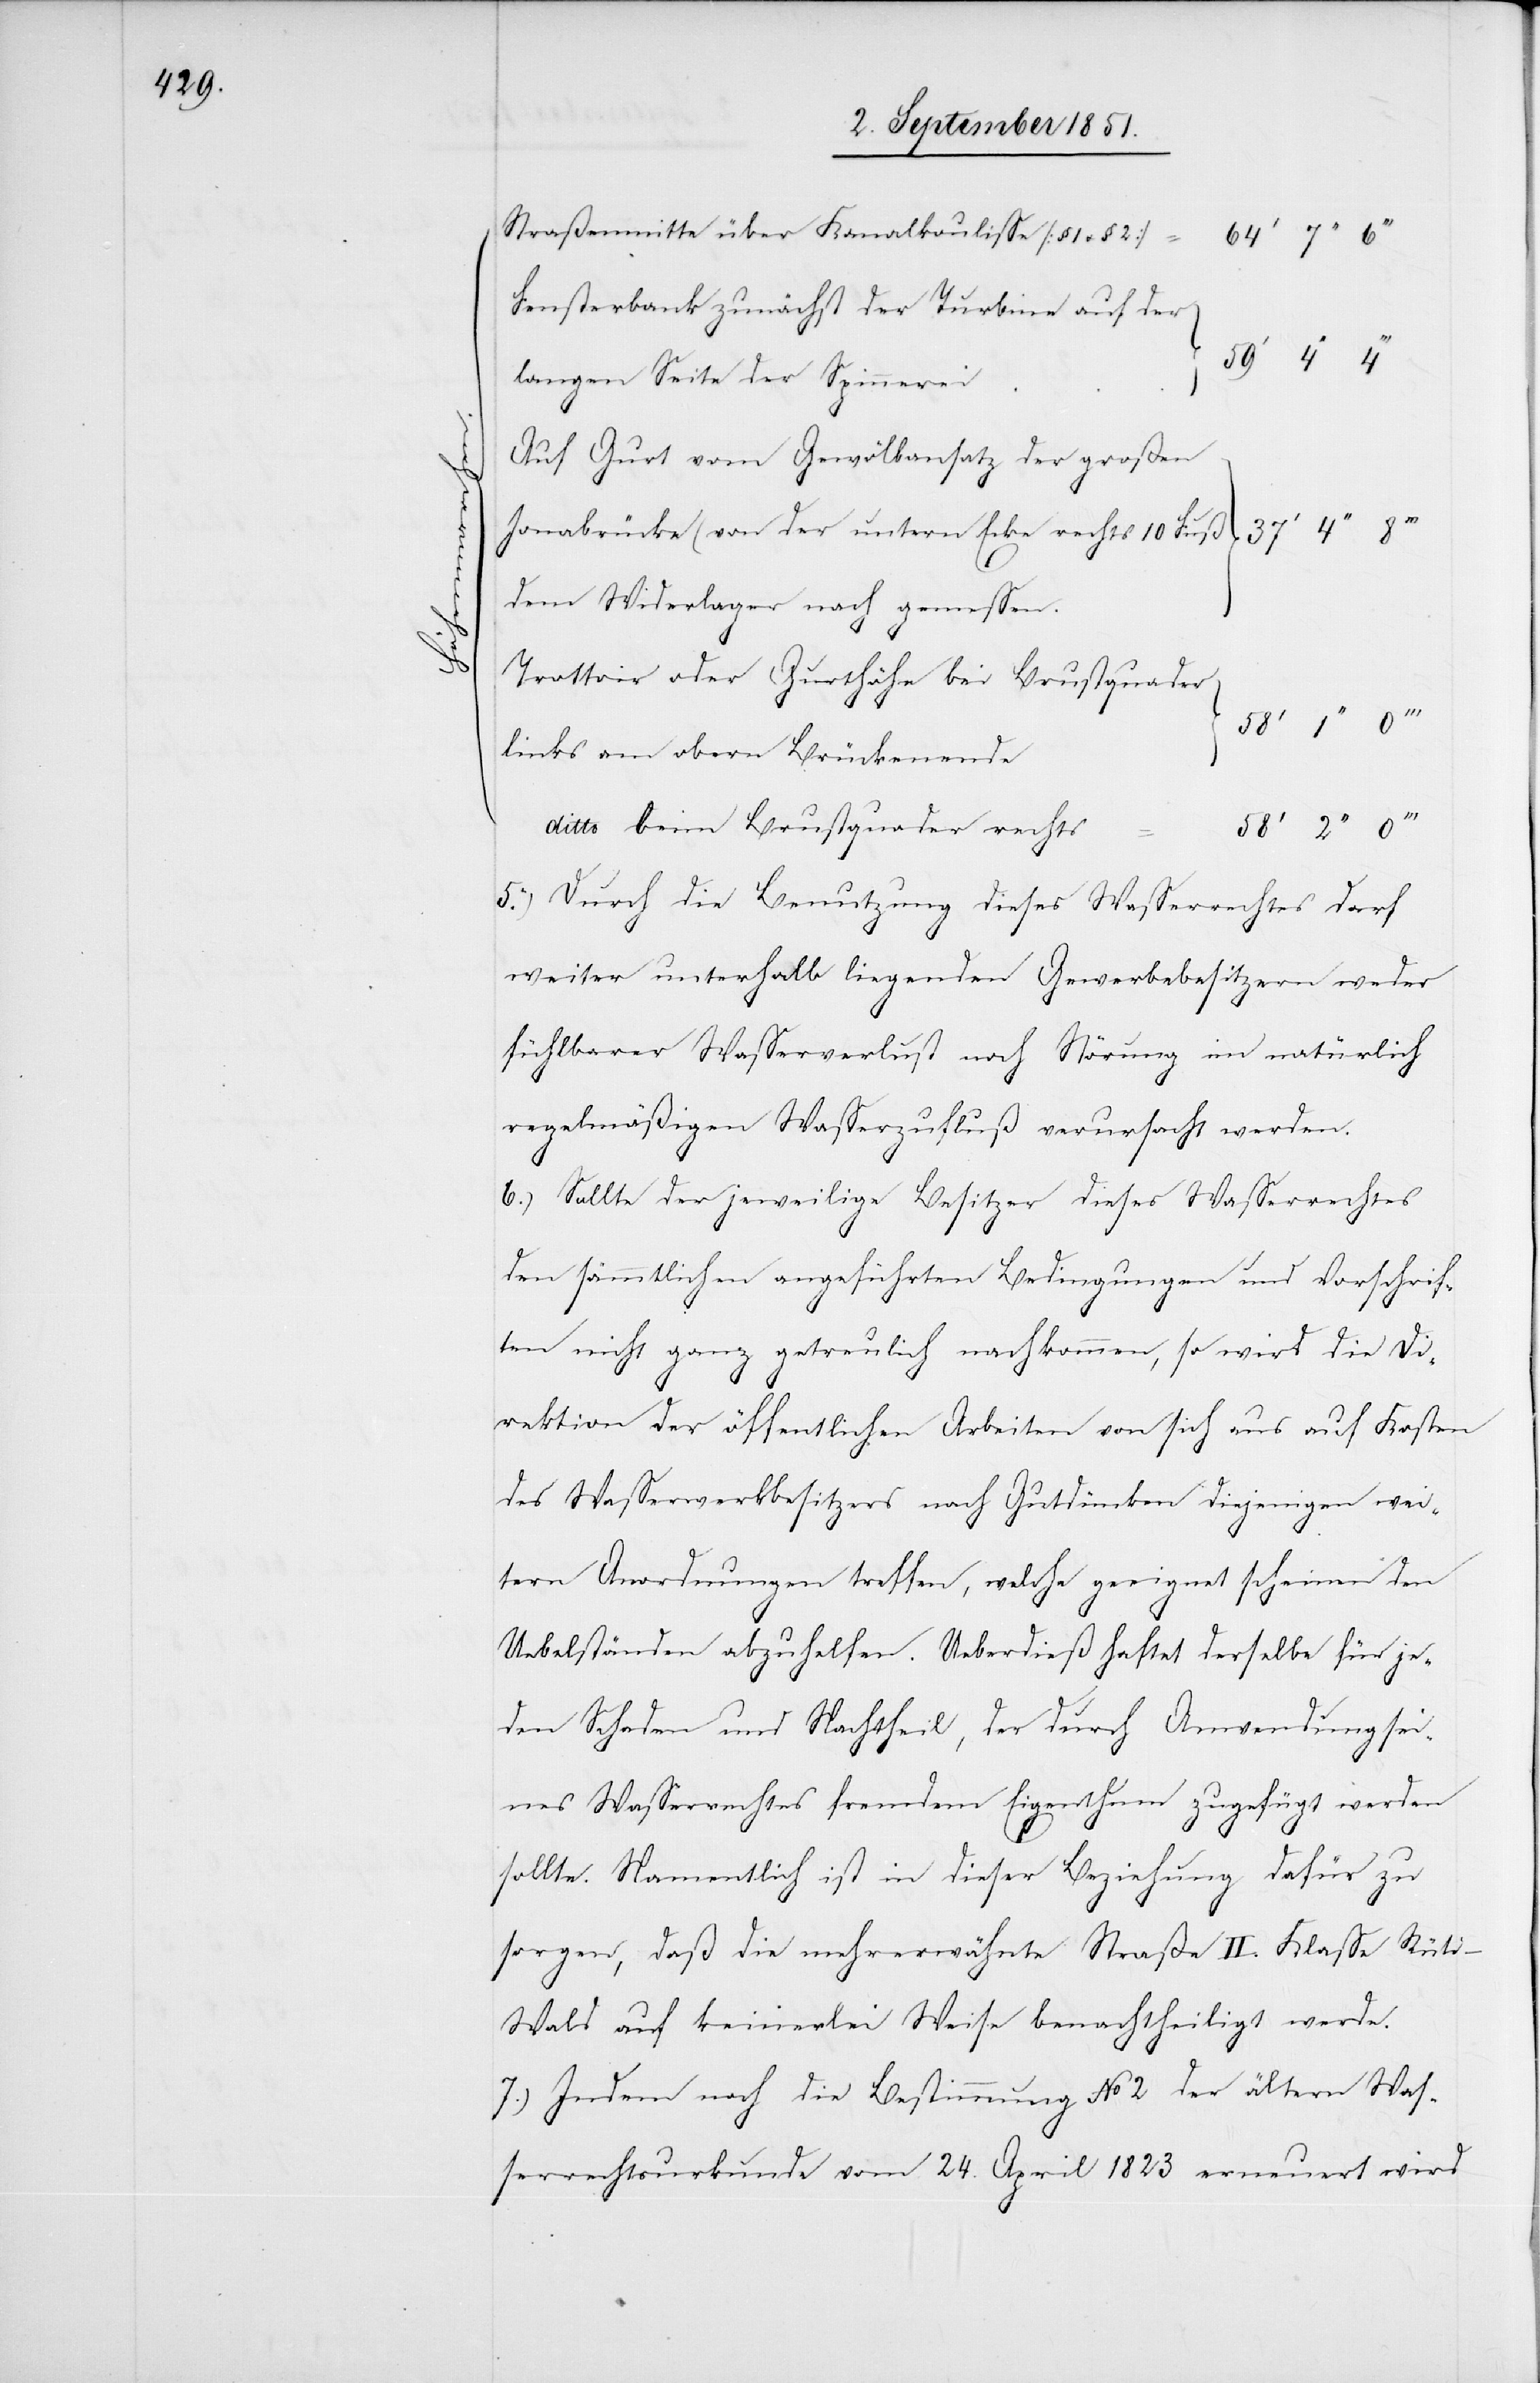
58‘

5.)

Straßenmitte über Kanalkoulisse [§ 1 u.
Fensterbank zunächst der Turbine auf der
langen Seite der Spinnerei
Auf Gurt vom Gewölbansatz der großen
Jonabrücke (von der untern Ecke rechts 10 Fuß
dem Widerlager nach gemessen[)].
Trottoir oder Gurthöhe bei Brustquader
links am obern Brückenende
ditto beim Brustquader rechts
Durch die Benutzung dieses Wasserrechtes darf
weiter unterhalb liegenden Gewerbebesitzern weder
fühlbarer Wasserverlust noch Störung im natürlich
regelmäßigen Wasserzufluß verursacht werden.
Sollte der jeweilige Besitzer dieses Wasserrechtes
den sämmtlichen angeführten Bedingungen und Vorschrif¬
ten nicht ganz getreulich nachkommen, so wird die Di¬
rektion der öffentlichen Arbeiten von sich aus auf Kosten
des Wasserwerkbesitzers nach Gutdünken diejenigen wei¬
tern Anordnungen treffen, welche geeignet scheinen den
Uebelständen abzuhelfen. Ueberdieß haftet derselbe für je¬
den Schaden und Nachtheil, der durch Anwendung sei¬
nes Wasserrechtes fremdem Eigenthum zugefügt werden
sollte. Namentlich ist in dieser Beziehung dafür zu
sorgen, daß die mehrerwähnte Straße II. Klasse Rüt¬
i–Wald auf keinerlei Weise benachtheiligt werde.
Indem noch die Bestimmung No 2 der ältern Was¬
serrechtsurkunde vom 24. April 1823 erneuert wird